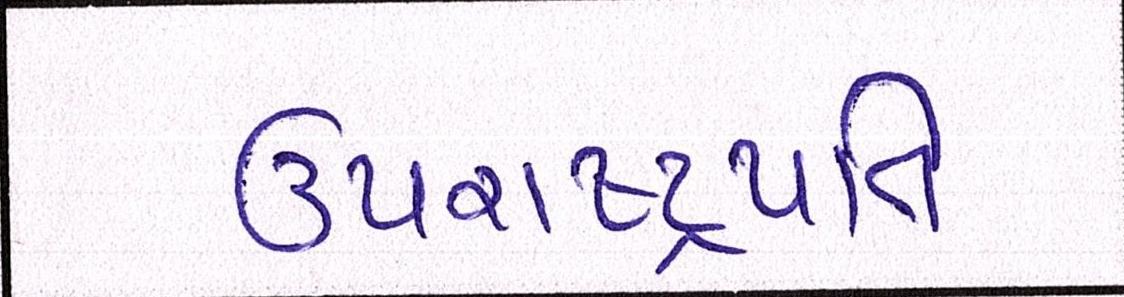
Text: ઉપરાષ્ટ્રપતિ